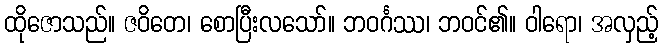
ထိုဇောသည်။ ဇဝိတေ၊ စောပြီးလသော်။ ဘဝင်္ဂဿ၊ ဘဝင်၏။ ဝါရော၊ အလှည့်